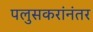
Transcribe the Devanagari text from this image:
पलुसकरांनंतर